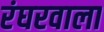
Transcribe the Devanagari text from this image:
रंघरवाला